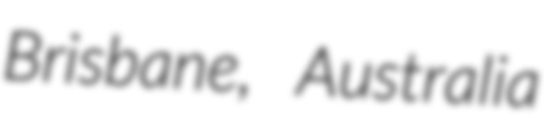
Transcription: Brisbane, Australia